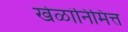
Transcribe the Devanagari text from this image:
खेळांनिमित्त